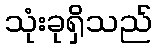
သုံးခုရှိသည်